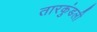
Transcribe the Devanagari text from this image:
तारकुंडली